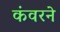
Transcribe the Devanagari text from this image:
कंवरने